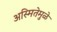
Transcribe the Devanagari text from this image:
अस्मितेमुळे